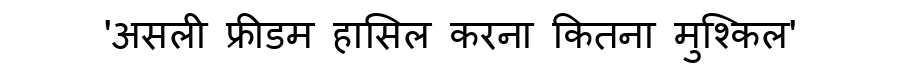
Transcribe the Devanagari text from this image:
'असली फ्रीडम हासिल करना कितना मुश्किल'